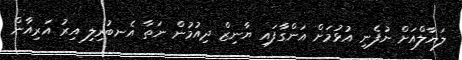
ލަޔާލްއަށް ނުފެނި އުޅުމަށް އަންގާފައި ޔާނިޒް ދިއުމުން ނަތާ އެނބުރިލި އިރު އަރިއާން